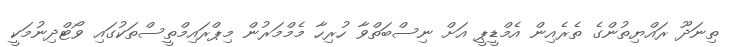
ތިނަދޫ ރައްޔިތުންގެ ތެރެއިން އެމްޑީޕީ އަށް ނިސްބަތްވާ ހުރިހާ މެމްމަރުން މިޕްރައިމްތީސްތަކުގައި ވޯޓްދިނުމަކީ